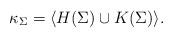
LaTeX: \begin{align*}\kappa_{\Sigma}=\langle H(\Sigma)\cup K(\Sigma)\rangle.\end{align*}